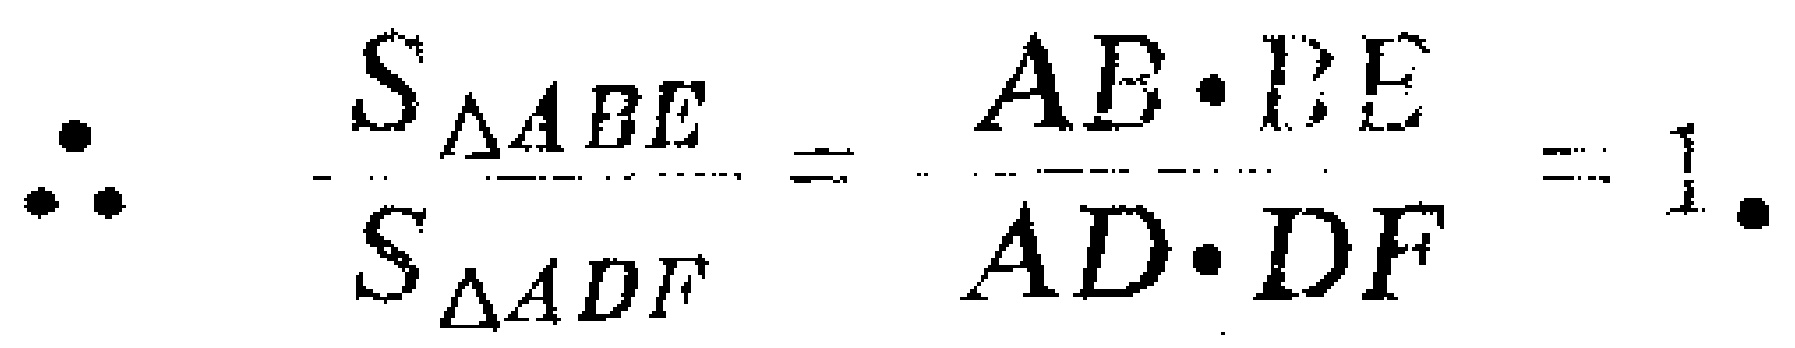
\(\therefore \frac{S_{\triangle ABE}}{S_{\triangle ADF}} = \frac{AB\cdot BE}{AD\cdot DF}=1\).